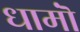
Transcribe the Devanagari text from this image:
धामॊं